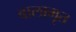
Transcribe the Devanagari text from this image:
बालामृत